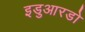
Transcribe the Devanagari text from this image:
इडुआरडो